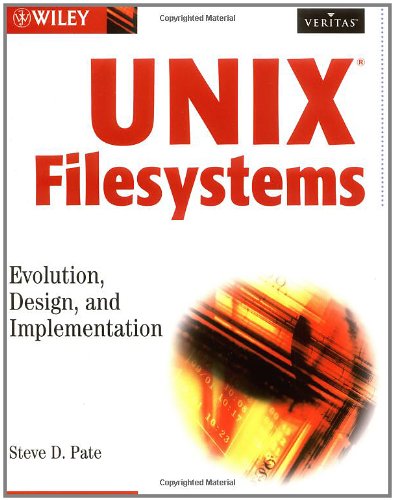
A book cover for UNIX Filesystems: Evolution, Design, and Implementation; Steve D.  Pate; Computers & Technology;